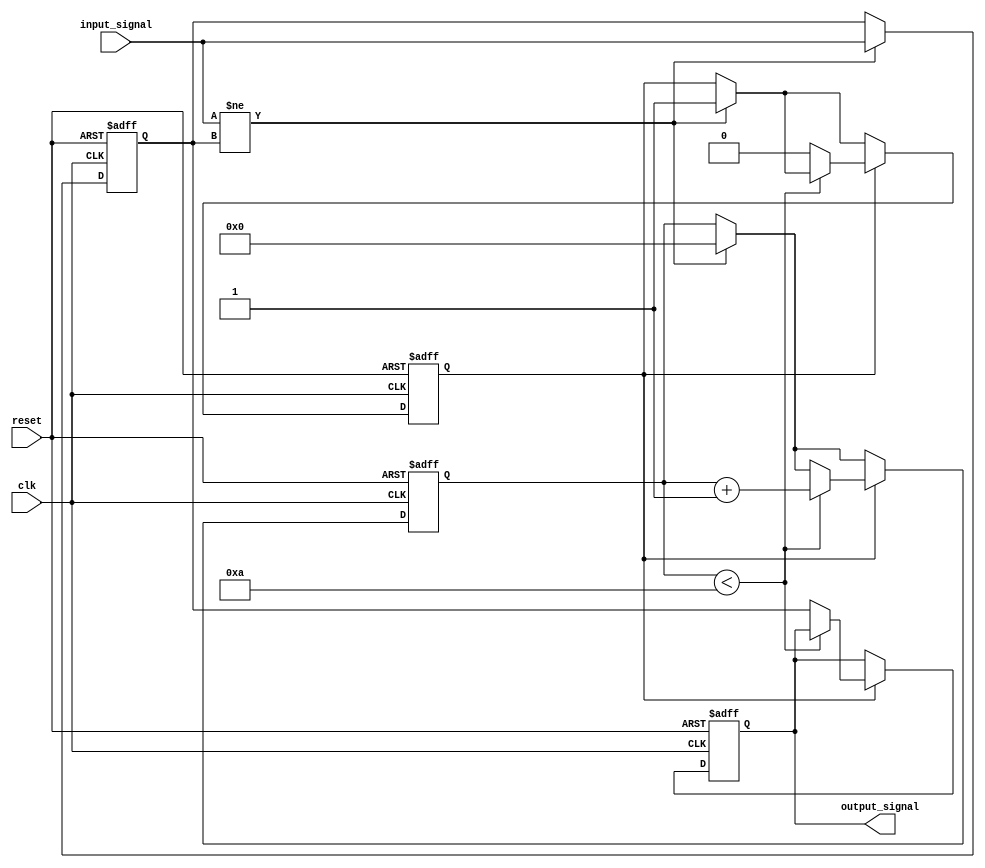
module Delay #(
    parameter DELAY_DURATION = 10 // Delay duration in time units (in ns)
)(
    input wire clk,                // Clock signal
    input wire reset,              // Reset signal
    input wire input_signal,       // Input signal to be delayed
    output reg output_signal       // Delayed output signal
);

    // Internal signal to track the delayed state
    reg input_signal_reg;
    reg [31:0] delay_counter;      // Counter for delay duration
    reg delay_active;              // Flag to indicate if delay is active

    // Always block triggered on clock edge
    always @(posedge clk or posedge reset) begin
        if (reset) begin
            output_signal <= 1'b0; // Reset output signal to low
            input_signal_reg <= 1'b0;
            delay_counter <= 0;
            delay_active <= 1'b0;
        end else begin
            // Check for input signal change
            if (input_signal != input_signal_reg) begin
                // Capture the new state of the input signal
                input_signal_reg <= input_signal;
                // Start the delay
                delay_counter <= 0;
                delay_active <= 1'b1;
            end
            
            // If delay is active, increment the counter
            if (delay_active) begin
                if (delay_counter < DELAY_DURATION) begin
                    delay_counter <= delay_counter + 1;
                end else begin
                    // Delay period is complete, update output signal
                    output_signal <= input_signal_reg;
                    delay_active <= 1'b0; // Reset delay active flag
                end
            end
        end
    end

endmodule